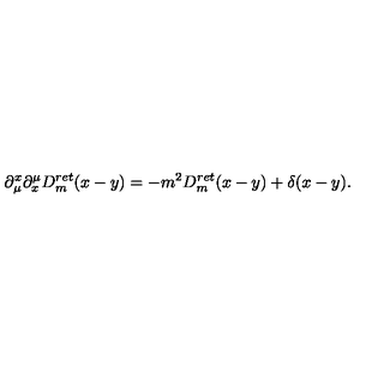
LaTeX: \partial _ { \mu } ^ { x } \partial _ { x } ^ { \mu } D _ { m } ^ { r e t } ( x - y ) = - m ^ { 2 } D _ { m } ^ { r e t } ( x - y ) + \delta ( x - y ) .